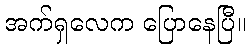
အက်ရှလေက ပြောနေပြီ။